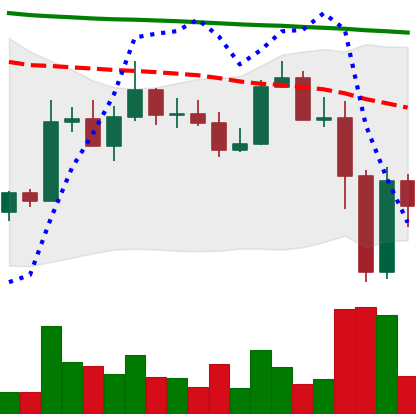
Ticker: ADA-USD
Chart end date: 2022-11-11
Forward return: -6.283%
Label: down_5_7